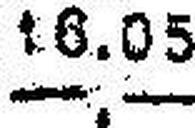
—.—